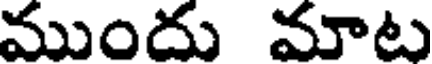
ముందు మాట